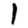
Digit: 1